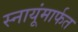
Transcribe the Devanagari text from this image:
स्नायूंमार्फत